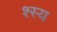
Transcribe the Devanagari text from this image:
श्स्य